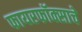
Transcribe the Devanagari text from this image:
फायरफॉक्साचे